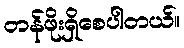
တန်ဖိုးရှိစေပါတယ်။